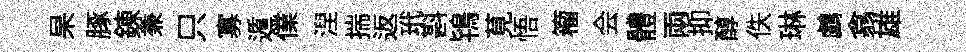
杲䐁錬兼只寡遁㒒湼揣返玳斟鴇莧悟籕会體兩抑醇佚琳鸕翕雄